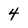
Character: 4